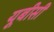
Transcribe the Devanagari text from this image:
यूबीसी